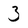
Character: 3